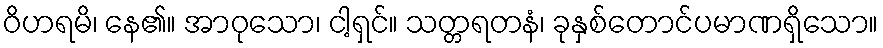
ဝိဟရမိ၊ နေ၏။ အာဝုသော၊ ငါ့ရှင်။ သတ္တရတနံ၊ ခုနှစ်တောင်ပမာဏရှိသော။